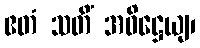
ဧတံ သတိံ အဓိဋ္ဌေယျ၊